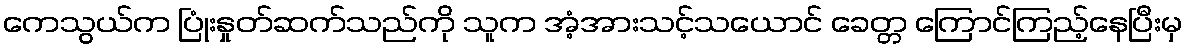
ကေသွယ်က ပြုံးနှုတ်ဆက်သည်ကို သူက အံ့အားသင့်သယောင် ခေတ္တ ကြောင်ကြည့်နေပြီးမှ